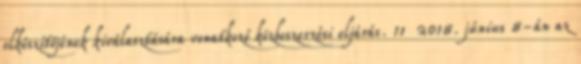
elkészítőjének kiválasztására vonatkozó közbeszerzési eljárás. 11 2018. június 8-án az